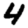
Digit: 4